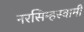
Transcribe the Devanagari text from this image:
नरसिम्हस्वामी